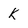
Character: K